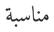
مناسبة